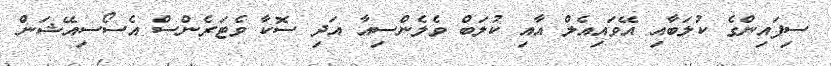
ސިފައިންގެ ކުލަބާއި އޭވައިއެލް އާއި ކުލަބް ވެލެންސިއާ އަދި ސޮކާ ވެޓަރެންސް އެސޯސިއޭޝަން